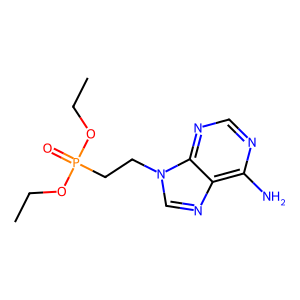
SMILES: CCOP(=O)(CCn1cnc2c(N)ncnc21)OCC
Inhibits HIV replication: No